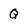
Character: Q